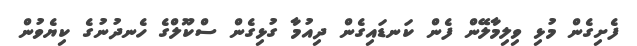
ފެށިގެން މުޅި ވިލިމާލޭން ފެން ކަނޑައިގެން ދިއުމާ ގުޅިގެން ސްކޫލްގެ ހެނދުނުގެ ކިޔެވުން